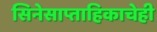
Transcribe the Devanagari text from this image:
सिनेसाप्ताहिकाचेही